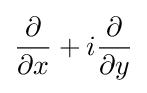
{\frac {\partial }{\partial x}}+i{\frac {\partial }{\partial y}}